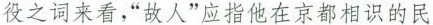
役之词来看，”故人”应指他在京都相识的民